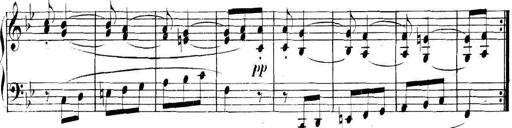
Title: Collected Piano Sonatas
Composer: Muzio Clementi